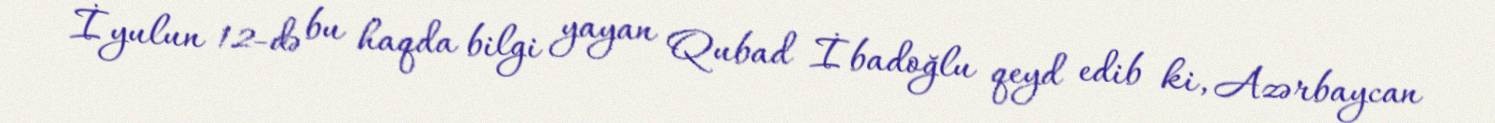
İyulun 12-də bu haqda bilgi yayan Qubad İbadoğlu qeyd edib ki, Azərbaycan